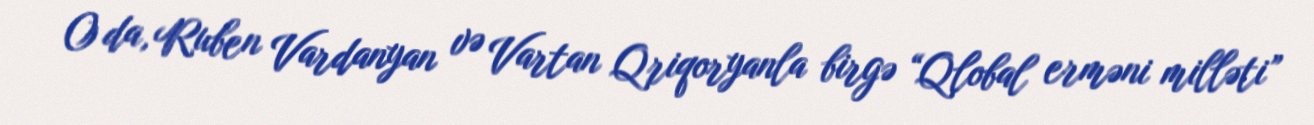
O da, Ruben Vardanyan və Vartan Qriqoryanla birgə “Qlobal erməni milləti”